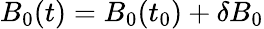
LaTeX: B_{0}(t)=B_{0}(t_{0})+\delta B_{0}